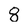
Character: 8